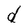
Character: d